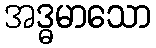
အဒ္ဓမာသော